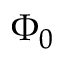
\Phi _ { 0 }